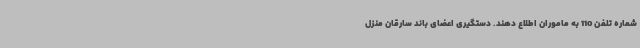
شماره تلفن 110 به ماموران اطلاع دهند. دستگیری اعضای باند سارقان منزل